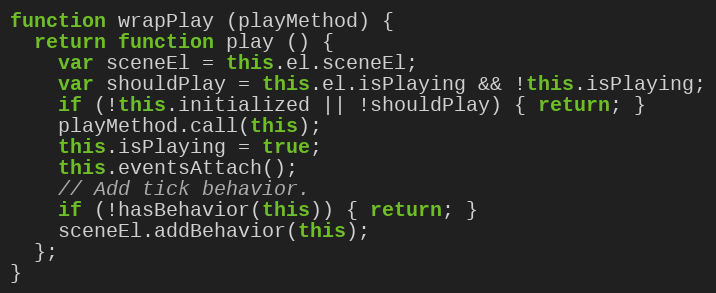
Language: JavaScript
function wrapPlay (playMethod) {
  return function play () {
    var sceneEl = this.el.sceneEl;
    var shouldPlay = this.el.isPlaying && !this.isPlaying;
    if (!this.initialized || !shouldPlay) { return; }
    playMethod.call(this);
    this.isPlaying = true;
    this.eventsAttach();
    // Add tick behavior.
    if (!hasBehavior(this)) { return; }
    sceneEl.addBehavior(this);
  };
}